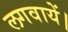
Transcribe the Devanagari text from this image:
लगवायें।